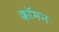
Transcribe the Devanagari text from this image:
क्कॉमन